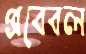
প্রবেবল